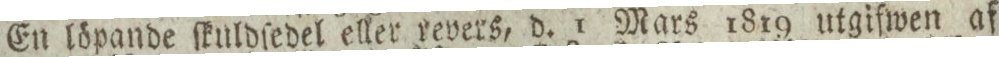
En löpande ſkuldſedel eller revers, d. 1 Mars 1819 utgifwen af